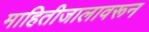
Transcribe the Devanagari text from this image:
माहितीजालावरून